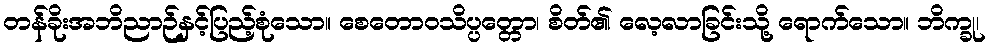
တန်ခိုးအဘိညာဉ်နှင့်ပြည့်စုံသော။ စေတောဝသိပ္ပတ္တော၊ စိတ်၏ လေ့လာခြင်းသို့ ရောက်သော။ ဘိက္ခု၊